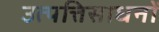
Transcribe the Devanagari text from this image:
उत्पत्तिसाधनों